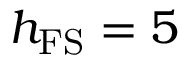
h _ { \mathrm { F S } } = 5